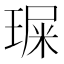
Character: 𤧁